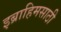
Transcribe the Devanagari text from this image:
इब्राहिमसाठी